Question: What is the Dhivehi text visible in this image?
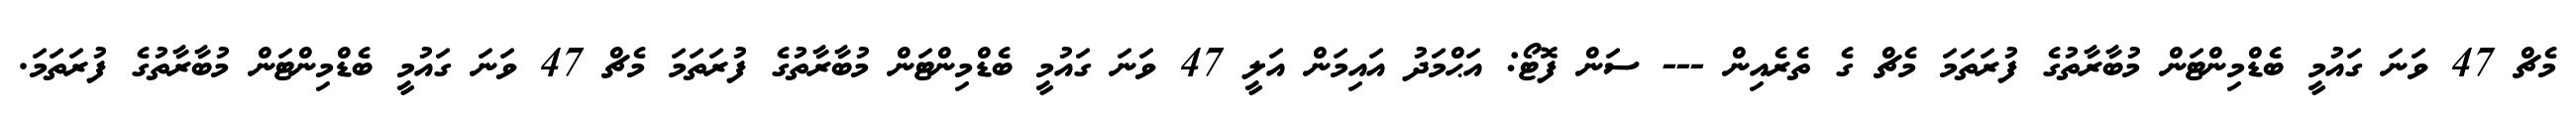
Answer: މެޗް 47 ވަނަ ގައުމީ ބެޑްމިންޓަން މުބާރާތުގެ ފުރަތަމަ މެޗް ގެ ތެރެއިން --- ސަން ފޮޓޯ: އަޙްމަދު އައިމަން އަލީ 47 ވަނަ ގައުމީ ބެޑްމިންޓަން މުބާރާތުގެ ފުރަތަމަ މެޗް 47 ވަނަ ގައުމީ ބެޑްމިންޓަން މުބާރާތުގެ ފުރަތަމަ.